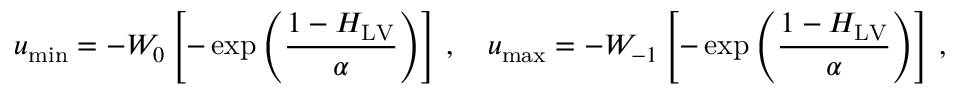
u _ { \operatorname* { m i n } } = - W _ { 0 } \left[ - \exp \left( \frac { 1 - H _ { \mathrm { L V } } } { \alpha } \right) \right] \, , \quad u _ { \operatorname* { m a x } } = - W _ { - 1 } \left[ - \exp \left( \frac { 1 - H _ { \mathrm { L V } } } { \alpha } \right) \right] \, ,